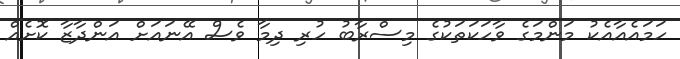
ހަމައެއާއެކު މަންމަގެ ވާހަކަތަކުގެ މިސްރާބު ހުރި ދިމާ ވެސް އޭނައަށް އަންދާޒާ ކޮށެއް